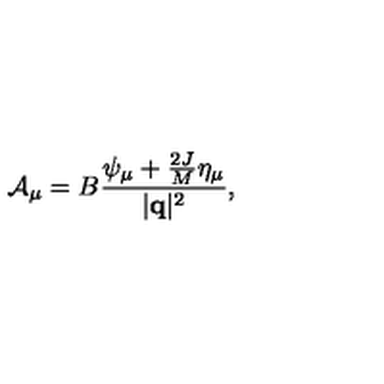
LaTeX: { \cal A } _ { \mu } = B { \frac { \psi _ { \mu } + { \frac { 2 J } { M } } \eta _ { \mu } } { | { \bf q } | ^ { 2 } } } ,